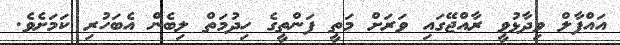
އައްފާލް ވިދާޅުވީ ރާއްޖޭގައި ވަރަށް މަތީ ފަންތީގެ ހިދުމަތް ލިބެން އެބަހުރި ކަމަށެވެ.